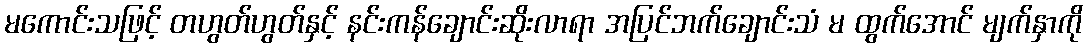
မကောင်းသဖြင့် တဟွတ်ဟွတ်နှင့် နင်းကန်ချောင်းဆိုးလာရာ အပြင်ဘက်ချောင်းသံ မ ထွက်အောင် မျက်နှာကို